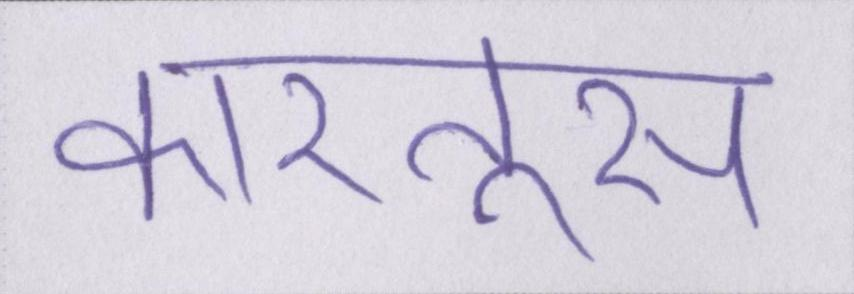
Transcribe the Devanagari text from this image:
कारतूस